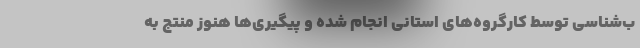
ب‌شناسی توسط کارگروه‌های استانی انجام شده و پیگیری‌ها هنوز منتج به